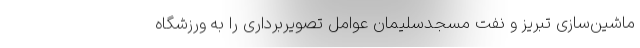
ماشین‌سازی تبریز و نفت مسجدسلیمان عوامل تصویربرداری را به ورزشگاه